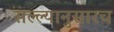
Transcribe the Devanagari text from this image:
सल्ल्यानुसारच